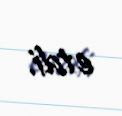
etdi.